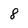
Character: 8